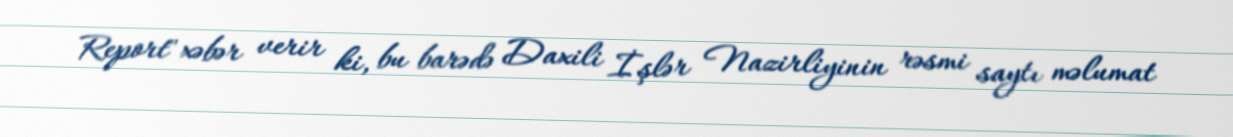
Report" xəbər verir ki, bu barədə Daxili İşlər Nazirliyinin rəsmi saytı məlumat